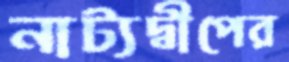
নাট্যদ্বীপের